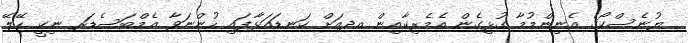
ޔުނެސްކޯގެ އެނިންމުމާ ގުޅިގެން އެމެރިކާއިން އދއަށް ކަނޑައަޅާފައި ހުންނަވާ އެމްބަސެޑަރ ނިކީ ހޭލޭ